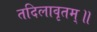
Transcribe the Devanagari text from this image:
तदिलावृतम्॥